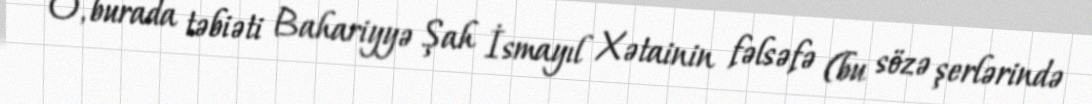
O, burada təbiəti Bahariyyə Şah İsmayıl Xətainin fəlsəfə (bu sözə şerlərində